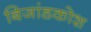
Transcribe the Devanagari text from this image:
बिजांडकोश